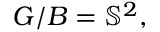
G / B = \mathbb { S } ^ { 2 } ,